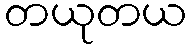
တယုတယ